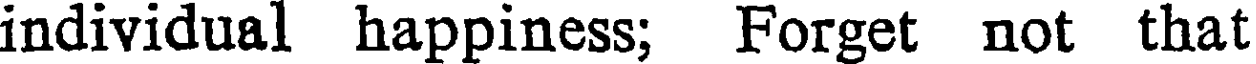
individual happiness; Forget not that